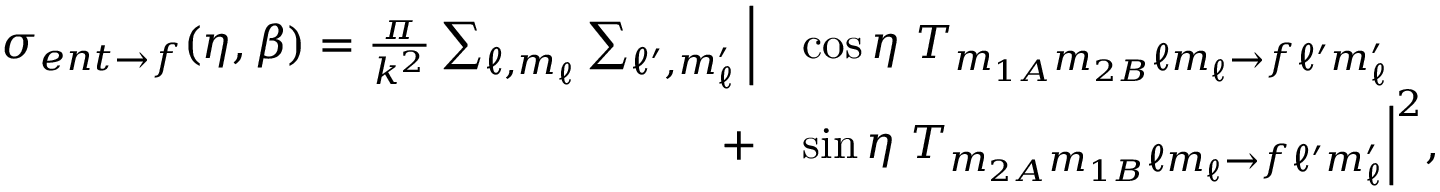
\begin{array} { r l } { \sigma _ { e n t \rightarrow f } ( \eta , \beta ) = \frac { \pi } { k ^ { 2 } } \sum _ { \ell , m _ { \ell } } \sum _ { \ell ^ { \prime } , m _ { \ell } ^ { \prime } } \Big | } & { \cos \eta \ T _ { m _ { 1 A } m _ { 2 B } \ell m _ { \ell } \rightarrow f \ell ^ { \prime } m _ { \ell } ^ { \prime } } } \\ { + } & { \sin \eta \ T _ { m _ { 2 A } m _ { 1 B } \ell m _ { \ell } \rightarrow f \ell ^ { \prime } m _ { \ell } ^ { \prime } } \Big | ^ { 2 } , } \end{array}